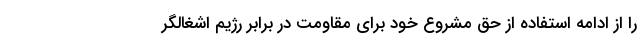
را از ادامه استفاده از حق مشروع خود برای مقاومت در برابر رژیم اشغالگر